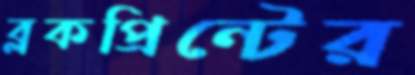
ব্লকপ্রিন্টের